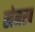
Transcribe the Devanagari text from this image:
खेनरब